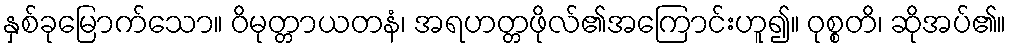
နှစ်ခုမြောက်သော။ ဝိမုတ္တာယတနံ၊ အရဟတ္တဖိုလ်၏အကြောင်းဟူ၍။ ဝုစ္စတိ၊ ဆိုအပ်၏။